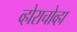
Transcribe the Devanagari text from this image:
व्होराचोव्हा